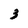
Character: 3